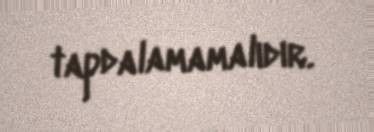
tapdalamamalıdır.